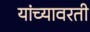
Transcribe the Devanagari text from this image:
यांच्यावरती